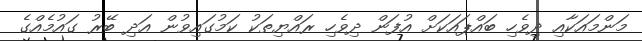
މަންމައަކާއި ދިވެހި ބައްޕައަކަށް އުފަން ދިވެހި ރައްޔިތަކު ކަމުގައިވުން އަދި ބޭރު ގައުމެއްގެ